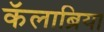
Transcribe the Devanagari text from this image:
कॅलाब्रिया